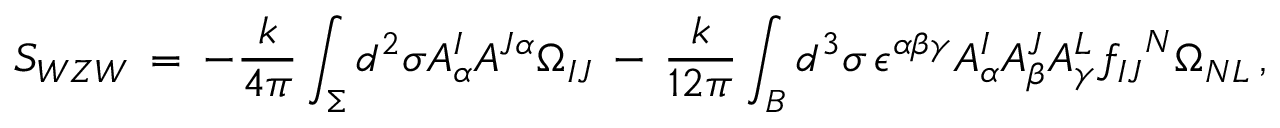
{ \cal S } _ { W Z W } \, = \, - \frac { k } { 4 \pi } \int _ { \Sigma } d ^ { 2 } \sigma A _ { \alpha } ^ { I } A ^ { J \alpha } \Omega _ { I J } \, - \, \frac { k } { 1 2 \pi } \int _ { B } d ^ { 3 } \sigma \, \epsilon ^ { \alpha \beta \gamma } A _ { \alpha } ^ { I } A _ { \beta } ^ { J } A _ { \gamma } ^ { L } { f _ { I J } } ^ { N } \Omega _ { N L } \, ,